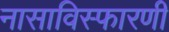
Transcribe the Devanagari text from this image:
नासाविस्फारणी